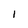
Character: I